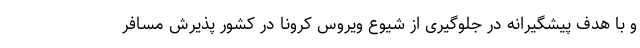
و با هدف پیشگیرانه در جلوگیری از شیوع ویروس کرونا در کشور پذیرش مسافر